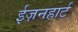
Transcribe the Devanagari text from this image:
ईज़नहार्ट